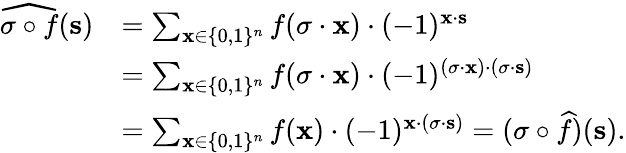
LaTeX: \begin{array}{rl}{\widehat{\sigma\circ f}(\mathbf{s})}&{=\sum_{\mathbf{x}\in\{ 0,1\} ^{n}}f(\sigma\cdot\mathbf{x})\cdot(-1)^{\mathbf{x}\cdot\mathbf{s}}}\\ &{=\sum_{\mathbf{x}\in\{ 0,1\} ^{n}}f(\sigma\cdot\mathbf{x})\cdot(-1)^{(\sigma\cdot\mathbf{x})\cdot(\sigma\cdot\mathbf{s})}}\\ &{=\sum_{\mathbf{x}\in\{ 0,1\} ^{n}}f(\mathbf{x})\cdot(-1)^{\mathbf{x}\cdot(\sigma\cdot\mathbf{s})}=(\sigma\circ\widehat{f})(\mathbf{s}).}\end{array}